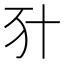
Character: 𠦇